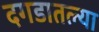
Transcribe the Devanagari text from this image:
दगडातल्या